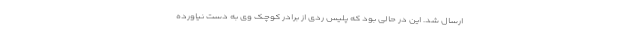
ارسال شد. این در حالی بود که پلیس ردی از برادر کوچک وی به دست نیاورده